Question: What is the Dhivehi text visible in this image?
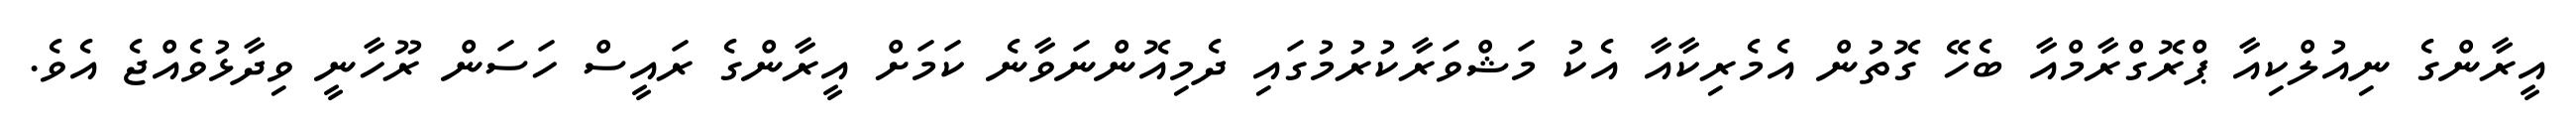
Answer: އީރާންގެ ނިއުލްކިއާ ޕްރޮގްރާމްއާ ބެހޭ ގޮތުން އެމެރިކާއާ އެކު މަޝްވަރާކުރުމުގައި ދެމިއޮންނަވާނެ ކަމަށް އީރާންގެ ރައީސް ހަސަން ރޫހާނީ ވިދާޅުވެއްޖެ އެވެ.